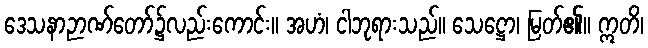
ဒေသနာဉာဏ်တော်၌လည်းကောင်း။ အဟံ၊ ငါဘုရားသည်။ သေဋ္ဌော၊ မြတ်၏။ ဣတိ၊